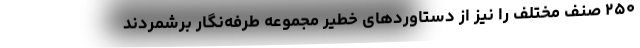
۲۵۰ صنف مختلف را نیز از دستاورد‌های خطیر مجموعه طرفه‌نگار برشمردند